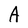
Character: A